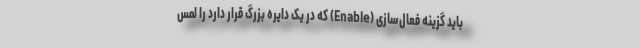
باید گزینه فعال‌سازی (Enable) که در یک دایره بزرگ قرار دارد را لمس